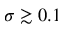
\sigma \gtrsim 0 . 1